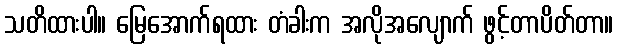
သတိထားပါ။ မြေအောက်ရထား တံခါးက အလိုအလျောက် ဖွင့်တာပိတ်တာ။